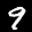
Label: 9